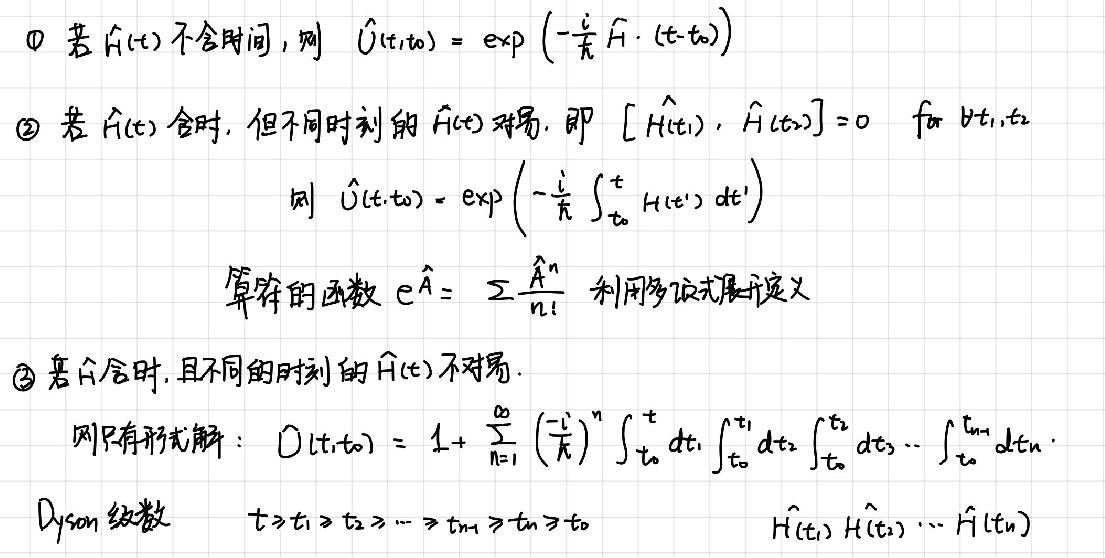
$\textcircled{1}$ 若 $\hat{H}(t)$ 不含时间，则 $\hat{U}(t,t_0)=\exp\left(-\frac{i}{\hbar}\hat{H}\cdot(t - t_0)\right)$
$\textcircled{2}$ 若 $\hat{H}(t)$ 含时，但不同时刻的 $\hat{H}(t)$ 对易，即 $[\hat{H}(t_1),\hat{H}(t_2)] = 0$ for $\forall t_1,t_2$
则 $\hat{U}(t,t_0)=\exp\left(-\frac{i}{\hbar}\int_{t_0}^{t}\hat{H}(t')dt'\right)$
算符的函数 $e^{\hat{A}}=\sum\frac{\hat{A}^n}{n!}$ 利用多项式展开定义
$\textcircled{3}$ 若 $\hat{H}$ 含时，且不同的时刻的 $\hat{H}(t)$ 不对易
则只有形式解：$U(t,t_0)=1+\sum_{n = 1}^{\infty}\left(\frac{-i}{\hbar}\right)^n\int_{t_0}^{t}dt_1\int_{t_0}^{t_1}dt_2\int_{t_0}^{t_2}dt_3\cdots\int_{t_0}^{t_{n - 1}}dt_n$
Dyson 级数 $t>t_1>t_2>\cdots>t_{n - 1}>t_n>t_0$ $\hat{H}(t_1)\hat{H}(t_2)\cdots\hat{H}(t_n)$